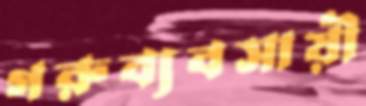
গরুব্যবসায়ী